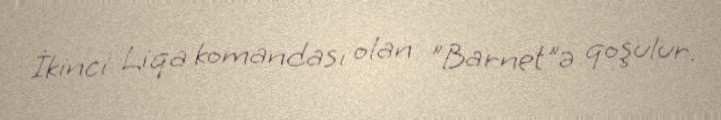
İkinci Liqa komandası olan "Barnet"ə qoşulur.